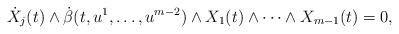
\begin{align*}\dot{X}_{j}(t) \wedge \dot{\beta}(t, u^{1}, \dotsc, u^{m-2}) \wedge X_{1}(t) \wedge \dotsb \wedge X_{m-1}(t) = 0,\end{align*}